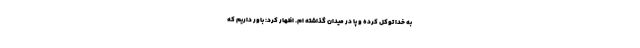
به خدا توکل کرده و پا در میدان گذاشته ام. اظهار کرد: باور داریم که